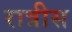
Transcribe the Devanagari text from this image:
रात्रीस